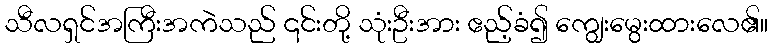
သီလရှင်အကြီးအကဲသည် ၎င်းတို့ သုံးဦးအား ဧည့်ခံ၍ ကျွေးမွေးထားလေ၏။